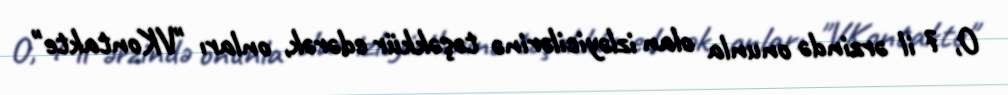
O, 7 il ərzində onunla olan izləyicilərinə təşəkkür edərək, onları "VKontakte"